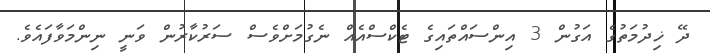
ދޭ ޚިދުމަތުގެ އަގުން 3 އިންސައްތައިގެ ޓެކްސްއެއް ނެގުމަށްވެސް ސަރުކާރުން ވަނީ ނިންމަވާފައެވެ.